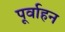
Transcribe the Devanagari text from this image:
पूर्वाहन